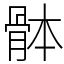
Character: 骵